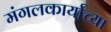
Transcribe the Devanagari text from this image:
मंगलकार्याच्या